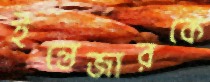
ইন্তেজারকে